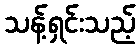
သန့်ရှင်းသည့်